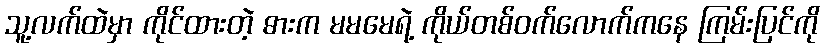
သူ့လက်ထဲမှာ ကိုင်ထားတဲ့ ဓားက မမမေရဲ့ ကိုယ်တစ်ဝက်လောက်ကနေ ကြမ်းပြင်ကို